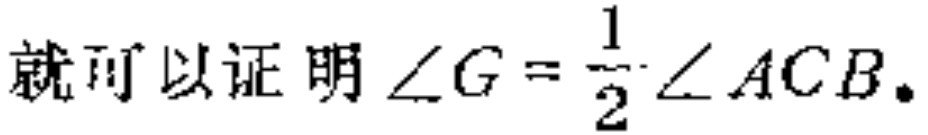
就可以证明\(\angle G = \frac{1}{2} \angle ACB\)。